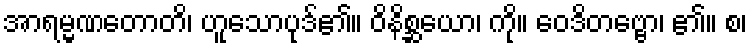
အာရမ္မဏတောတိ၊ ဟူသောပုဒ်၏။ ဝိနိစ္ဆယော၊ ကို။ ဝေဒိတဗ္ဗော၊ ၏။ စ၊